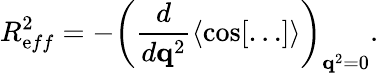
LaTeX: R_{\mathrm{e}ff}^{2}=-\left(\frac{{d}}{{d{\mathbf{q}}^{2}}}\langle\cos[\ldots]\rangle\right)_{{\mathbf{q}}^{2}=0}.